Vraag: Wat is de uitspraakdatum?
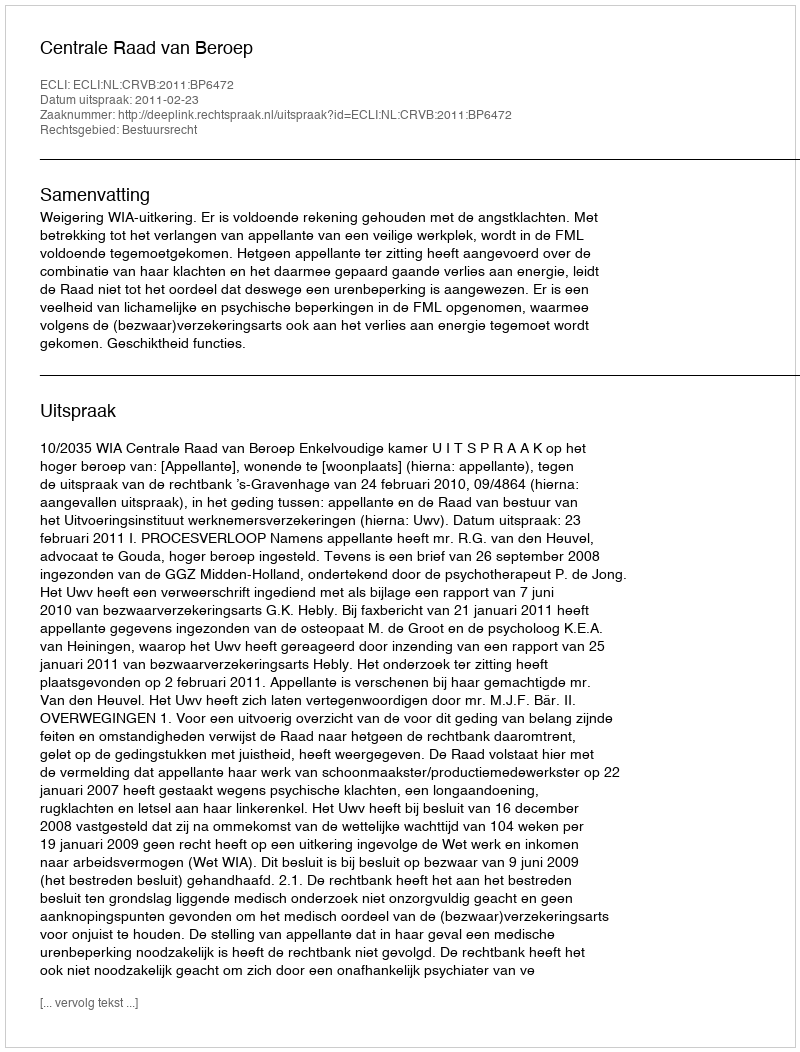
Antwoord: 2011-02-23